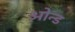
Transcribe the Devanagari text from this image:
ओन्ड